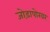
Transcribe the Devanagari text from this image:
जोड़ापोखर